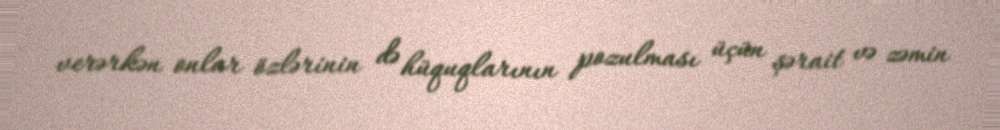
verərkən onlar özlərinin də hüquqlarının pozulması üçün şərait və zəmin